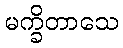
မက္ခိတာသေ